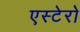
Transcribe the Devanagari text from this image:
एस्टेरो